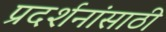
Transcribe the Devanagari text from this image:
प्रदर्शनांसाठी